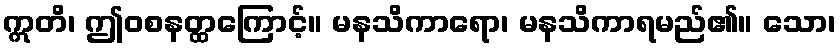
ဣတိ၊ ဤဝစနတ္ထကြောင့်။ မနသိကာရော၊ မနသိကာရမည်၏။ သော၊